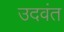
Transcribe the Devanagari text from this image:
उदवंत